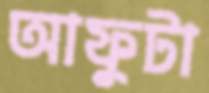
আফুটা